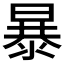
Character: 暴